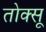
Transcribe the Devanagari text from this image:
तोक्सू